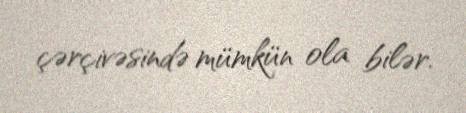
çərçivəsində mümkün ola bilər.